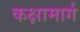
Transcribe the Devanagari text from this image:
कक्षामार्ग